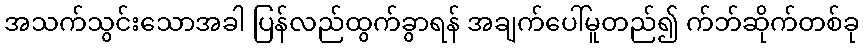
အသက်သွင်းသောအခါ ပြန်လည်ထွက်ခွာရန် အချက်ပေါ်မူတည်၍ က်ဘ်ဆိုက်တစ်ခု